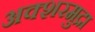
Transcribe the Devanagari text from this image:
अक्शरमुद्रा